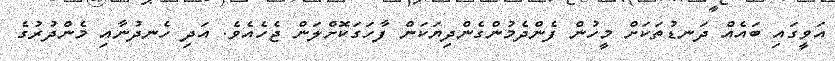
އަވީގައި ބައެއް ދަނޑުތަކަށް މީހުން ފެންދެމުންގެންދިޔަކަން ފާހަގަކޮށްލަން ޖެހެއެވެ. އަދި ހެނދުނާއި މެންދުރުގެ